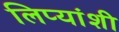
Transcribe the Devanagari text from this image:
लिप्यांशी